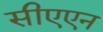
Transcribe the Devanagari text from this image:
सीएएन